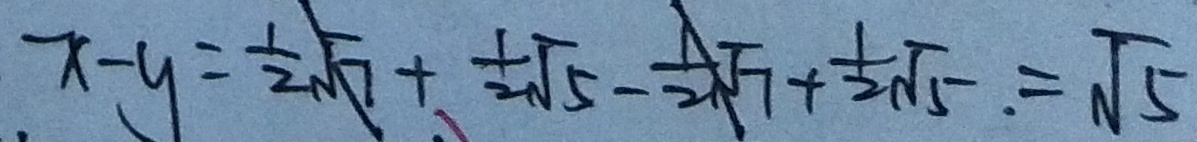
x - y = \frac { 1 } { 2 } \sqrt { 7 } + \frac { 1 } { 2 } \sqrt { 5 } - \frac { 1 } { 2 } \sqrt { 7 } + \frac { 1 } { 2 } \sqrt { 5 } . = \sqrt { 5 }